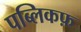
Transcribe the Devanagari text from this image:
पब्लिकफ़